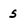
Character: 5